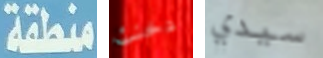
منطقة دخنت سيدي